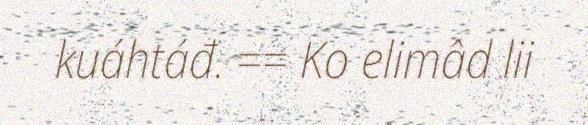
kuáhtáđ. == Ko elimâd lii